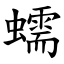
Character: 蠕